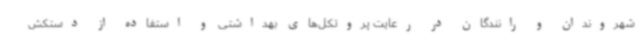
شهروندان و رانندگان در رعایت پروتکل‌های بهداشتی و استفاده از دستکش